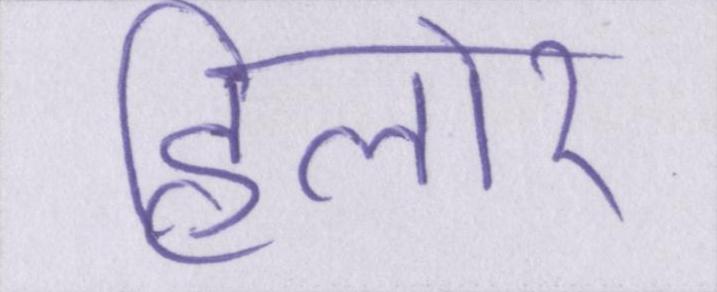
हिलोर